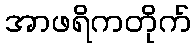
အာဖရိကတိုက်